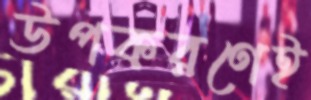
উপকরণেই